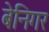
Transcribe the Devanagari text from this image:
बेनिगर